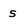
Character: s